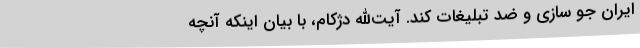
ایران جو سازی و ضد تبلیغات کند. آیت‌الله دژکام، با بیان اینکه آنچه